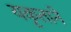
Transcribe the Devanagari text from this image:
यकृताने